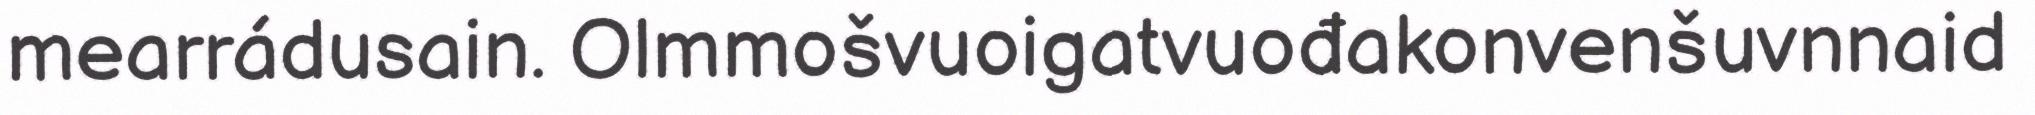
mearrádusain. Olmmošvuoigatvuođakonvenšuvnnaid